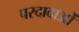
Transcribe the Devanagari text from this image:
परदादाओं